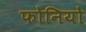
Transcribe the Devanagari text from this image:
फोनियो